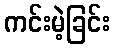
ကင်းမဲ့ခြင်း